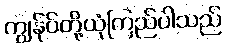
ကျွန်ုပ်တို့ယုံကြည်ပါသည်